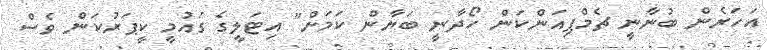
އަހަރެން ބުނާނީ ޗެމްޕިއަންކަން ހޯދާނީ ބަޔާން ކަމަށް" އިޓަލީގެ ގައުމީ ކީޕަރުކަން ވެސް